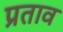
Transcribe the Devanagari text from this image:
प्रताव